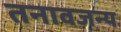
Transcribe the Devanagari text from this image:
तनावजन्य